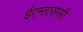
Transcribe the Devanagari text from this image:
ईएमएससी